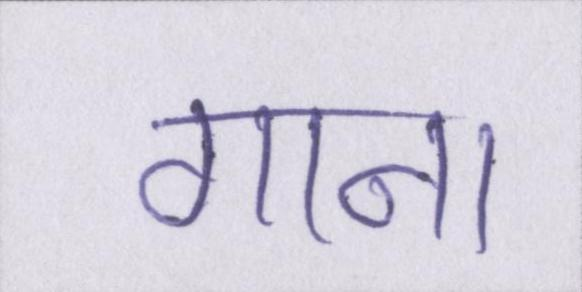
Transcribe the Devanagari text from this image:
गाना